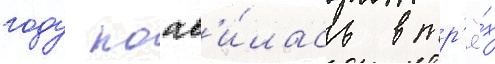
году поав'и́лась в тр'ё́х